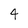
Character: 4